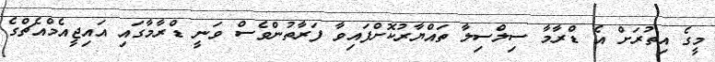
މީގެ އިތުރަށް އެ ޑްރާމާ ސިލްސިލާ ތައްޔާރުކޮށްފައިވާ ފަރާތުންވެސް ވަނީ ޑްރާމާގައި އައިޖީއެމްއެޗްގެ